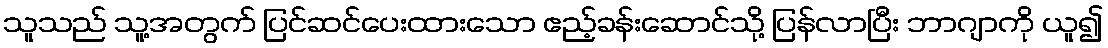
သူသည် သူ့အတွက် ပြင်ဆင်ပေးထားသော ဧည့်ခန်းဆောင်သို့ ပြန်လာပြီး ဘာဂျာကို ယူ၍